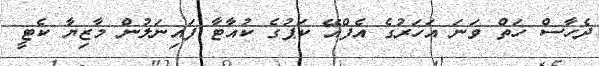
ދެހާސް ހަތް ވަނަ އަހަރުގެ އެފްއޭ ކަޕުގެ ކުއާޓާ ފައިނަލުން މާޒިޔާ ކެޓީ